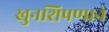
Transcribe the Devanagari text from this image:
खुनशिपणाने